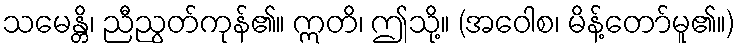
သမေန္တိ၊ ညီညွတ်ကုန်၏။ ဣတိ၊ ဤသို့။ (အဝေါစ၊ မိန့်တော်မူ၏။)